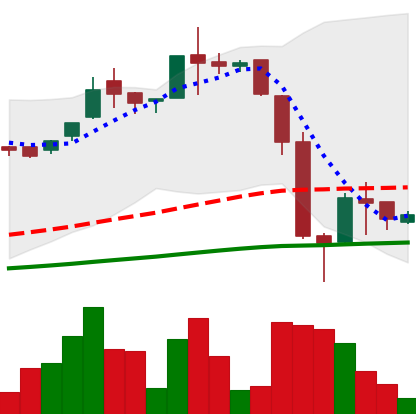
Ticker: LTC-USD
Chart end date: 2016-06-27
Forward return: 11.41%
Label: up_7plus